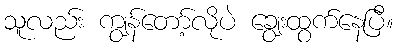
သူလည်း ကျွန်တော့်လိုပဲ ချွေးထွက်နေပြီ။